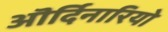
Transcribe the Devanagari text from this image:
ऒर्दिनारियो